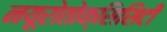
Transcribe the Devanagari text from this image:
नयूरोतोक्सिसिटी